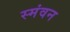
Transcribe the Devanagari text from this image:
स्मंवन